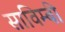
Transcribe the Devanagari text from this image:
साविम्बी